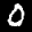
Label: 0